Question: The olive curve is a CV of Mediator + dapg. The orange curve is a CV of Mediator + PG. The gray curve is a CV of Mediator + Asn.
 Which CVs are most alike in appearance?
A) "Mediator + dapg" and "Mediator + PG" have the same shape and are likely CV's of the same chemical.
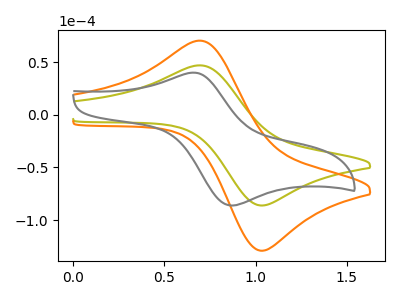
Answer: <think>The olive curve "Mediator + dapg" has an anodic peak at (0.70V, 47.00uA) and a cathodic peak at (1.05V, -86.10uA). The orange curve "Mediator + PG" has an anodic peak at (0.70V, 70.45uA) and a cathodic peak at (1.05V, -129.05uA). The gray curve "Mediator + Asn" has an anodic peak at (0.65V, 40.10uA) and a cathodic peak at (0.90V, -86.05uA).
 All the peaks in "Mediator + dapg" have a peak in "Mediator + PG" at the same potential. Every peak in "Mediator + dapg" is lower than every peak in "Mediator + PG". "Mediator + dapg" and "Mediator + Asn" have at least one peak that do not match. "Mediator + PG" and "Mediator + Asn" have at least one peak that do not match.</think>
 <answer>A) "Mediator + dapg" and "Mediator + PG" have the same shape and are likely CV's of the same chemical.</answer>
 <eval>A</eval>